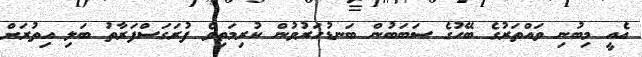
އެއީ މިބުނި ވައްތަރުގެ ބޭހުގެ ސަބަބުން ބަނޑުހަރުވުން ކުރިމަތިވެ ފުރަގަސްފަރާތު ބަލި އިތުރަށް